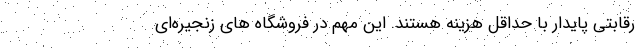
رقابتی پایدار با حداقل هزینه هستند. این مهم در فروشگاه های زنجیره­ای